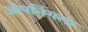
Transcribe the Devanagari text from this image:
ओपनिंगला